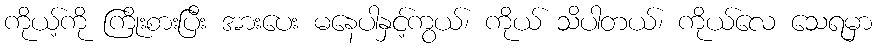
ကိုယ့်ကို ကြိုးစားပြီး အားပေး မနေပါနှင့်ကွယ်၊ ကိုယ် သိပါတယ်၊ ကိုယ်လေ သေရမှာ